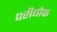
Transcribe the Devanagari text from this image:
परीचौक